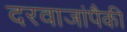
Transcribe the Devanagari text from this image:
दरवाजांपैकी